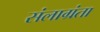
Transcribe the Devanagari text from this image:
संलाग्रंता